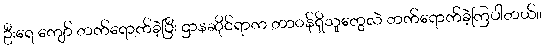
ဦးရေ ကျော် တက်ရောက်ခဲ့ပြီး ဌာနဆိုင်ရာက တာဝန်ရှိသူတွေလဲ တက်ရောက်ခဲ့ကြပါတယ်။